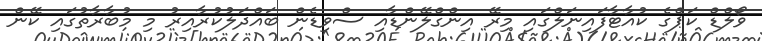
ވޯލްޑް ކަޕްގެ ކުއާޓާފައިނަލްގައި މިރޭ އިންގްލޭންޑާއި ސްވިޑެން ބައްދަލުކުރާއިރު މި މުބާރާތުގައި ކޭން